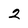
Character: 2